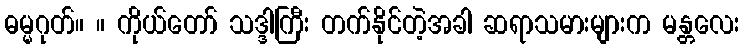
ဓမ္မဂုတ်။ ။ ကိုယ်တော် သဒ္ဒါကြီး တက်နိုင်တဲ့အခါ ဆရာသမားများက မန္တလေး